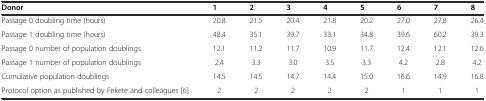
<table><thead><tr><td><b>Donor</b></td><td><b>1</b></td><td><b>2</b></td><td><b>3</b></td><td><b>4</b></td><td><b>5</b></td><td><b>6</b></td><td><b>7</b></td><td><b>8</b></td></tr></thead><tbody><tr><td>Passage 0 doubling time (hours)</td><td>20.8</td><td>21.5</td><td>20.4</td><td>21.8</td><td>20.2</td><td>27.0</td><td>27.8</td><td>26.4</td></tr><tr><td>Passage 1 doubling time (hours)</td><td>48.4</td><td>35.1</td><td>39.7</td><td>33.1</td><td>34.8</td><td>39.6</td><td>60.2</td><td>39.3</td></tr><tr><td>Passage 0 number of population doublings</td><td>12.1</td><td>11.2</td><td>11.7</td><td>10.9</td><td>11.7</td><td>12.4</td><td>12.1</td><td>12.6</td></tr><tr><td>Passage 1 number of population doublings</td><td> 2.4</td><td> 3.3</td><td> 3.0</td><td> 3.5</td><td> 3.3</td><td> 4.2</td><td> 2.8</td><td> 4.2</td></tr><tr><td>Cumulative population doublings</td><td>14.5</td><td>14.5</td><td>14.7</td><td>14.4</td><td>15.0</td><td>16.6</td><td>14.9</td><td>16.8</td></tr><tr><td>Protocol option as published by Fekete and colleagues [6]</td><td> 2</td><td> 2</td><td> 2</td><td> 2</td><td> 2</td><td> 1</td><td> 1</td><td> 1</td></tr></tbody></table>